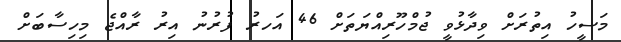
މަސީހު އިތުރަށް ވިދާޅުވީ ޖުމްހޫރިއްޔަތަށް 46 އަހރު ފުރުނު އިރު ރާއްޖެ މިހިސާބަށް